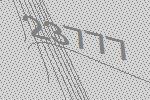
23777